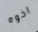
اخوه